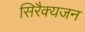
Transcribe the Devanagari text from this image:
सिरैक्यजन